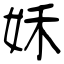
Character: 姀